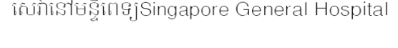
សេវានៅមន្ទីពេទ្យSingapore General Hospital